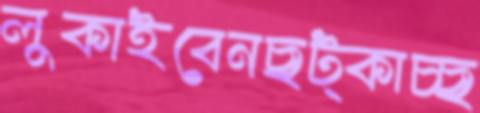
লুকাইবেনছট্‌কাচ্ছ